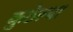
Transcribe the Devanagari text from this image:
कुठेल्या